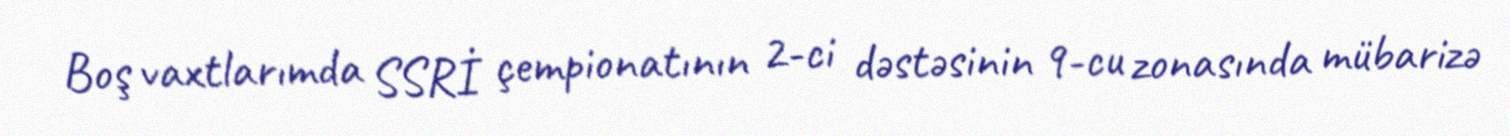
Boş vaxtlarımda SSRİ çempionatının 2-ci dəstəsinin 9-cu zonasında mübarizə